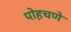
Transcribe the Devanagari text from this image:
पोहचणे